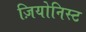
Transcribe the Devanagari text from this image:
ज़ियोनिस्ट